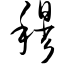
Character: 穆